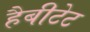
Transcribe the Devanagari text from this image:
हैबीटेट